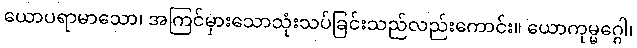
ယောပရာမာသော၊ အကြင်မှားသောသုံးသပ်ခြင်းသည်လည်းကောင်း။ ယောကုမ္မဂ္ဂေါ၊